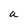
Character: a